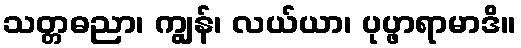
သတ္တဓညာ၊ ကျွန်၊ လယ်ယာ၊ ပုပ္ဖာရာမာဒိ။